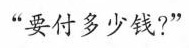
“要付多少钱?”